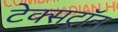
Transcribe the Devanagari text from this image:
टेक्सट्रॉन